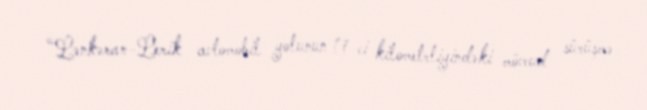
“Lənkəran-Lerik avtomobil yolunun 17-ci kilometrliyindəki mövcud sürüşmə